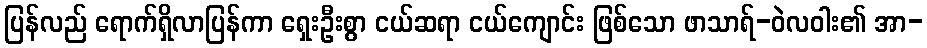
ပြန်လည် ရောက်ရှိလာပြန်ကာ ရှေးဦးစွာ ငယ်ဆရာ ငယ်ကျောင်း ဖြစ်သော ဖာသာရ်-ဝဲလဝါး၏ အာ-